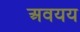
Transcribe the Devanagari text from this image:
अवयय